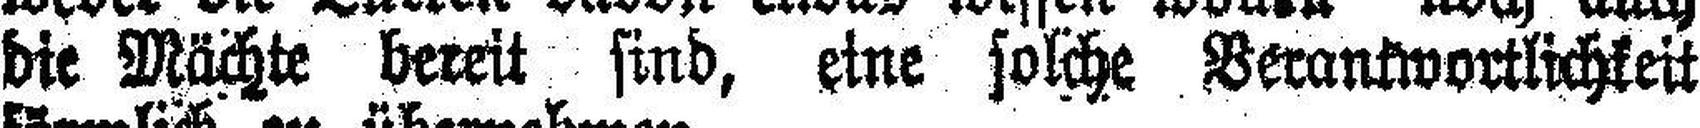
die Mächte bereit sind, eine solche Verantwortlichkeit